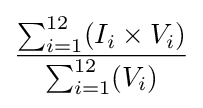
{\frac {\sum _{i=1}^{12}(I_{i}\times V_{i})}{\sum _{i=1}^{12}(V_{i})}}